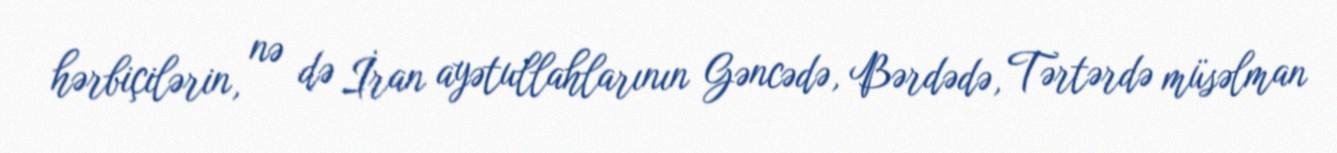
hərbiçilərin, nə də İran ayətullahlarının Gəncədə, Bərdədə, Tərtərdə müsəlman